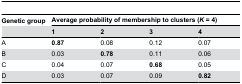
<table><thead><tr><td><b>Genetic group</b></td><td colspan="4"><b>Average probability of membership to clusters (<i>K</i> = 4)</b></td></tr><tr><td></td><td><b>1</b></td><td><b>2</b></td><td><b>3</b></td><td><b>4</b></td></tr></thead><tbody><tr><td>A</td><td><b>0.87</b></td><td>0.08</td><td>0.12</td><td>0.07</td></tr><tr><td>B</td><td>0.03</td><td><b>0.78</b></td><td>0.11</td><td>0.06</td></tr><tr><td>C</td><td>0.04</td><td>0.07</td><td><b>0.68</b></td><td>0.05</td></tr><tr><td>D</td><td>0.03</td><td>0.07</td><td>0.09</td><td><b>0.82</b></td></tr></tbody></table>